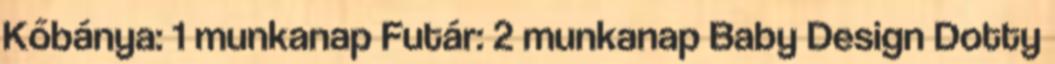
Kőbánya: 1 munkanap Futár: 2 munkanap Baby Design Dotty